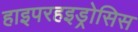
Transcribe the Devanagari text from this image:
हाइपरहइड्रोसिस